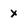
Character: x